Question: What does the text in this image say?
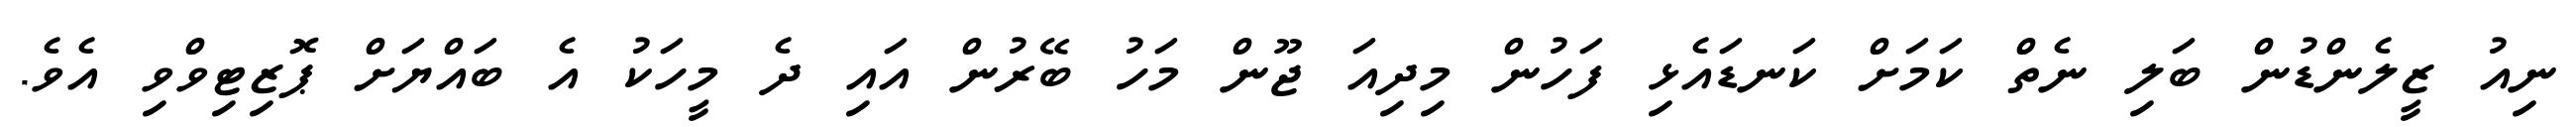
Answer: ނިއު ޒީލެންޑުން ބަލި ނެތް ކަމަށް ކަނޑައެޅި ފަހުން މިދިއަ ޖޫން މަހު ބޭރުން އައި ދެ މީހަކު އެ ބައްޔަށް ޕޮޒިޓިވްވި އެވެ.